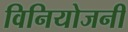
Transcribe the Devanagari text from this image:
विनियोजनी